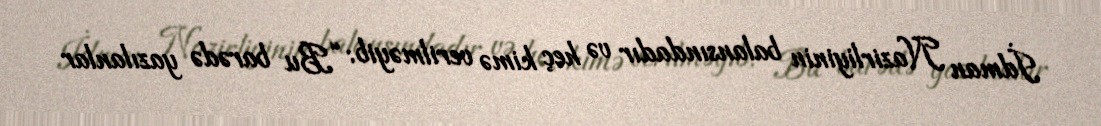
İdman Nazirliyinin balansındadır və heç kimə verilməyib: “Bu barədə yazılanlar